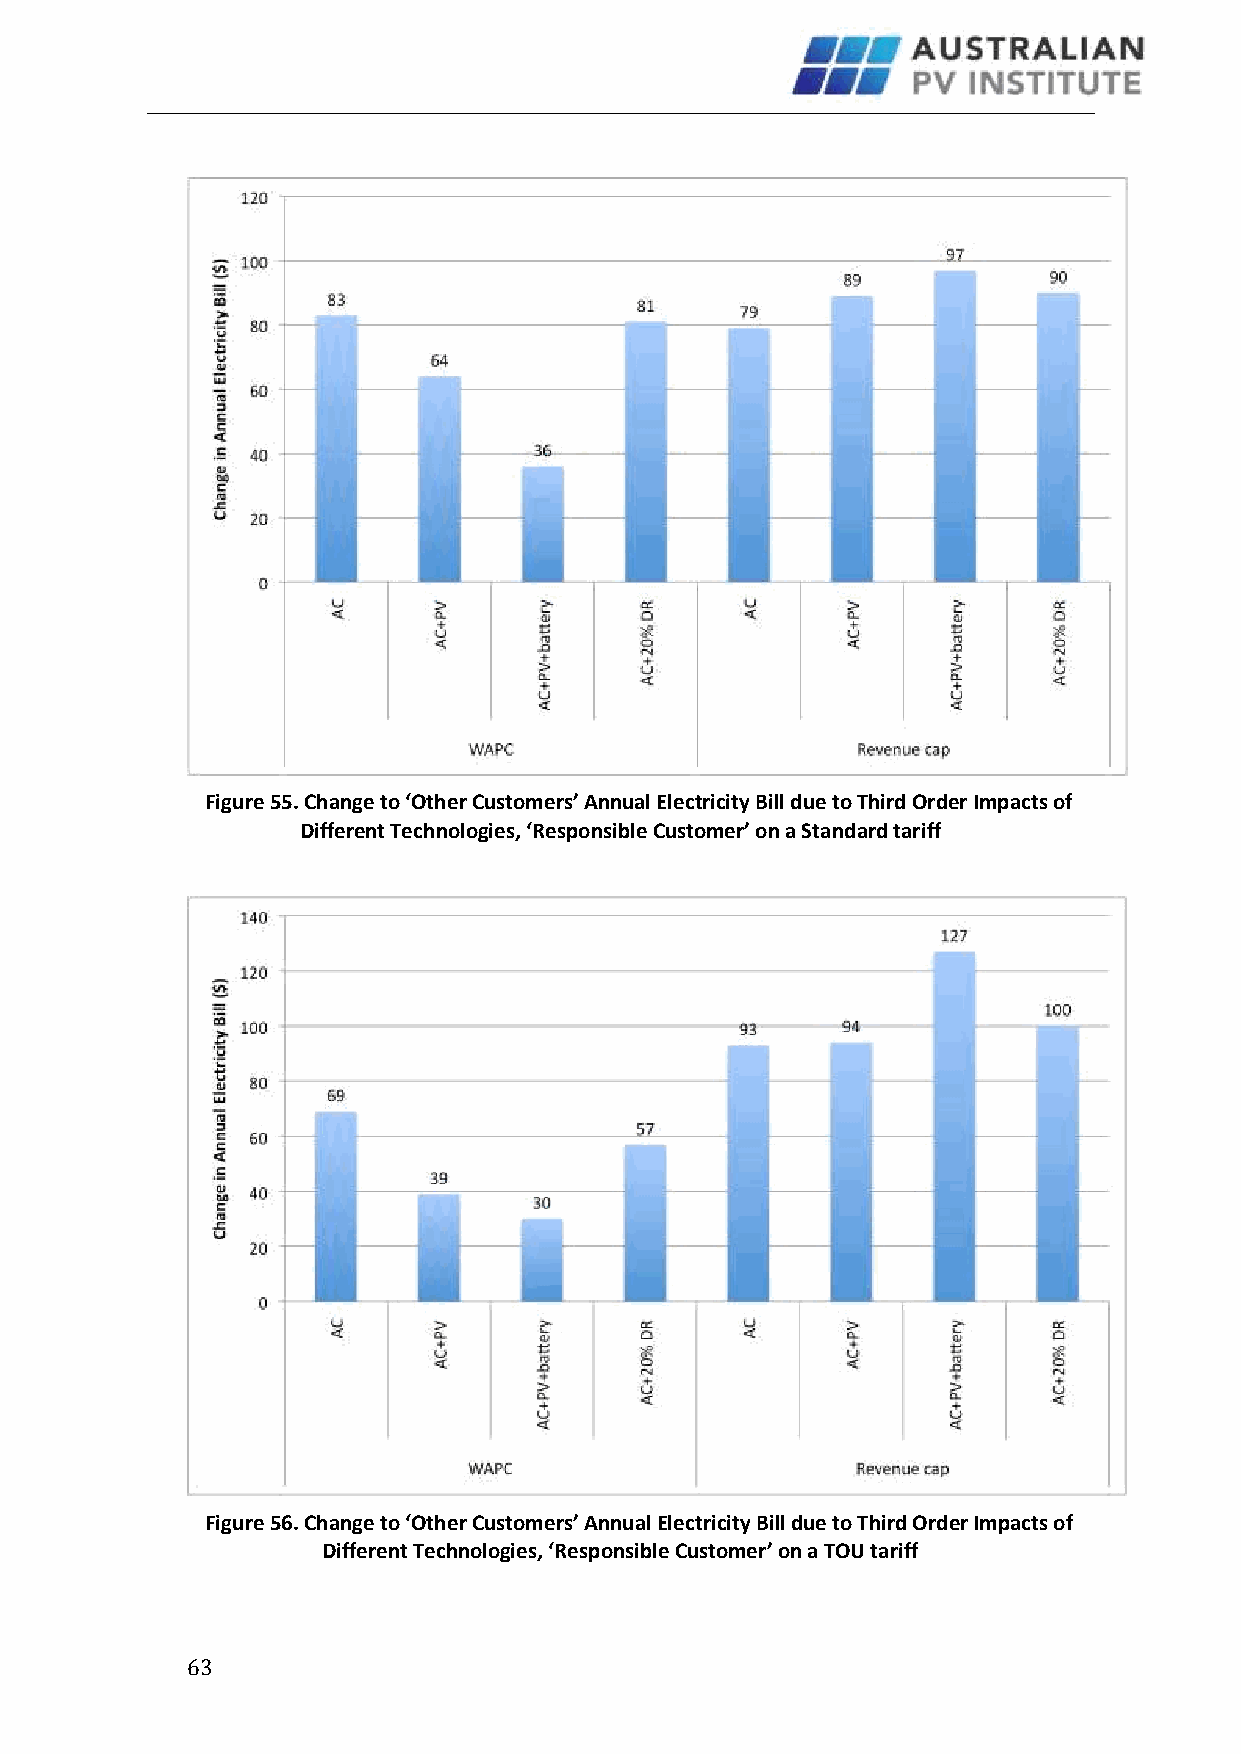
Figure 55. Change to ‘Other Customers’ Annual Electricity Bill due to Third Order Impacts of
 Different Technologies, ‘Responsible Customer’ on a Standard tariff
 Figure 56. Change to ‘Other Customers’ Annual Electricity Bill due to Third Order Impacts of
 Different Technologies, ‘Responsible Customer’ on a TOU tariff
 6 3